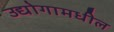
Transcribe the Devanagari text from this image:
उद्योगामधील